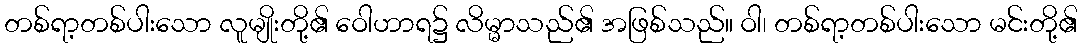
တစ်ရာ့တစ်ပါးသော လူမျိုးတို့၏ ဝေါဟာရ၌ လိမ္မာသည်၏ အဖြစ်သည်။ ဝါ၊ တစ်ရာ့တစ်ပါးသော မင်းတို့၏